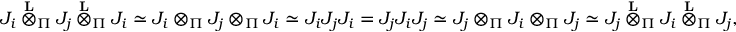
J _ { i } \overset { \mathbf { L } } { \otimes } _ { \Pi } J _ { j } \overset { \mathbf { L } } { \otimes } _ { \Pi } J _ { i } \simeq J _ { i } \otimes _ { \Pi } J _ { j } \otimes _ { \Pi } J _ { i } \simeq J _ { i } J _ { j } J _ { i } = J _ { j } J _ { i } J _ { j } \simeq J _ { j } \otimes _ { \Pi } J _ { i } \otimes _ { \Pi } J _ { j } \simeq J _ { j } \overset { \mathbf { L } } { \otimes } _ { \Pi } J _ { i } \overset { \mathbf { L } } { \otimes } _ { \Pi } J _ { j } ,